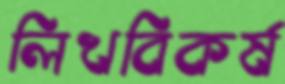
লিখবিকর্ষ